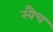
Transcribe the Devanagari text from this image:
स्वैच